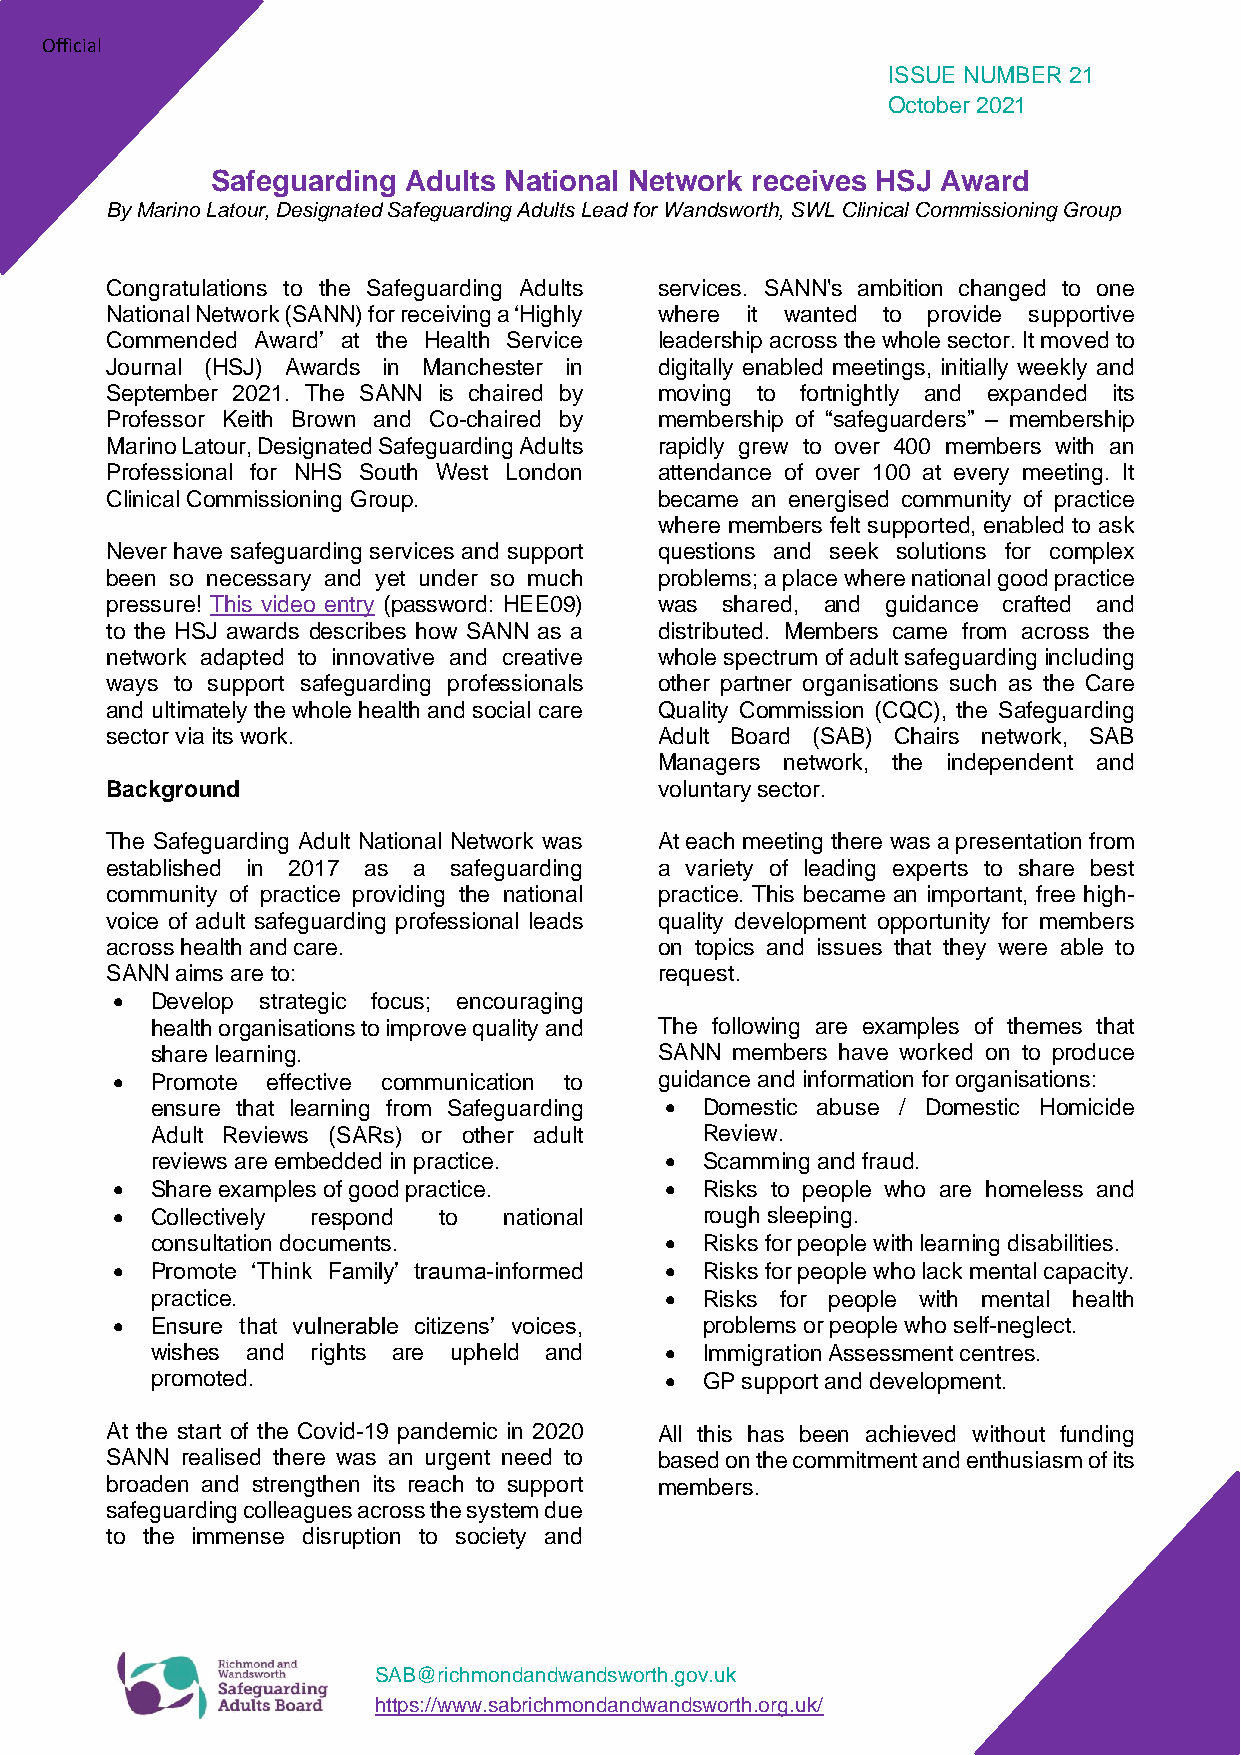
Official
 ISSUE NUMBER 21
 October 2021
 Safeguarding Adults National Network receives HSJ Award
 By Marino Latour, Designated Safeguarding Adults Lead for Wandsworth, SWL Clinical Commissioning Group
 Congratulations to the Safeguarding Adults services. SANN's ambition changed to one
 National Network (SANN) for receiving a ‘Highly where it wanted to provide supportive
 Commended Award’ at the Health Service leadership across the whole sector. It moved to
 Journal (HSJ) Awards in Manchester in digitally enabled meetings, initially weekly and
 September 2021. The SANN is chaired by moving to fortnightly and expanded its
 Professor Keith Brown and Co-chaired by membership of “safeguarders” – membership
 Marino Latour, Designated Safeguarding Adults rapidly grew to over 400 members with an
 Professional for NHS South West London attendance of over 100 at every meeting. It
 Clinical Commissioning Group.        became an energised community of practice
 where members felt supported, enabled to ask
 Never have safeguarding services and support questions and seek solutions for complex
 been so necessary and yet under so much problems; a place where national good practice
 pressure! This video entry (password: HEE09) was shared, and guidance crafted and
 to the HSJ awards describes how SANN as a distributed. Members came from across the
 network adapted to innovative and creative whole spectrum of adult safeguarding including
 ways to support safeguarding professionals other partner organisations such as the Care
 and ultimately the whole health and social care Quality Commission (CQC), the Safeguarding
 sector via its work.                 Adult Board (SAB) Chairs network, SAB
 Managers network, the independent and
 Background                           voluntary sector.
 The Safeguarding Adult National Network was At each meeting there was a presentation from
 established in 2017 as a safeguarding a variety of leading experts to share best
 community of practice providing the national practice. This became an important, free high-
 voice of adult safeguarding professional leads quality development opportunity for members
 across health and care.              on topics and issues that they were able to
 SANN aims are to:                    request.
 •  Develop strategic focus; encouraging
 health organisations to improve quality and The following are examples of themes that
 share learning.                   SANN members have worked on to produce
 •  Promote effective communication to guidance and information for organisations:
 ensure that learning from Safeguarding • Domestic abuse / Domestic Homicide
 Adult Reviews (SARs) or other adult  Review.
 reviews are embedded in practice. •  Scamming and fraud.
 •  Share examples of good practice.  •  Risks to people who are homeless and
 •  Collectively respond to national     rough sleeping.
 consultation documents.           •  Risks for people with learning disabilities.
 •  Promote ‘Think Family’ trauma-informed • Risks for people who lack mental capacity.
 practice.                         •  Risks for people with mental health
 •  Ensure that vulnerable citizens’ voices, problems or people who self-neglect.
 wishes and rights are upheld and  •  Immigration Assessment centres.
 promoted.                         •  GP support and development.
 At the start of the Covid-19 pandemic in 2020 All this has been achieved without funding
 SANN realised there was an urgent need to based on the commitment and enthusiasm of its
 broaden and strengthen its reach to support members.
 safeguarding colleagues across the system due
 to the immense disruption to society and
 SAB@richmondandwandsworth.gov.uk
 https://www.sabrichmondandwandsworth.org.uk/